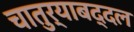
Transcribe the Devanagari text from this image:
चातुर्याबद्दल